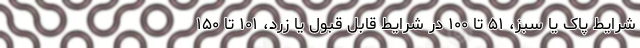
شرایط پاک یا سبز، ۵۱ تا ۱۰۰ در شرایط قابل قبول یا زرد، ۱۰۱ تا ۱۵۰